King Institute of Preventive Medicine Micro-Biological Section reports 1912-19
Year: 1912
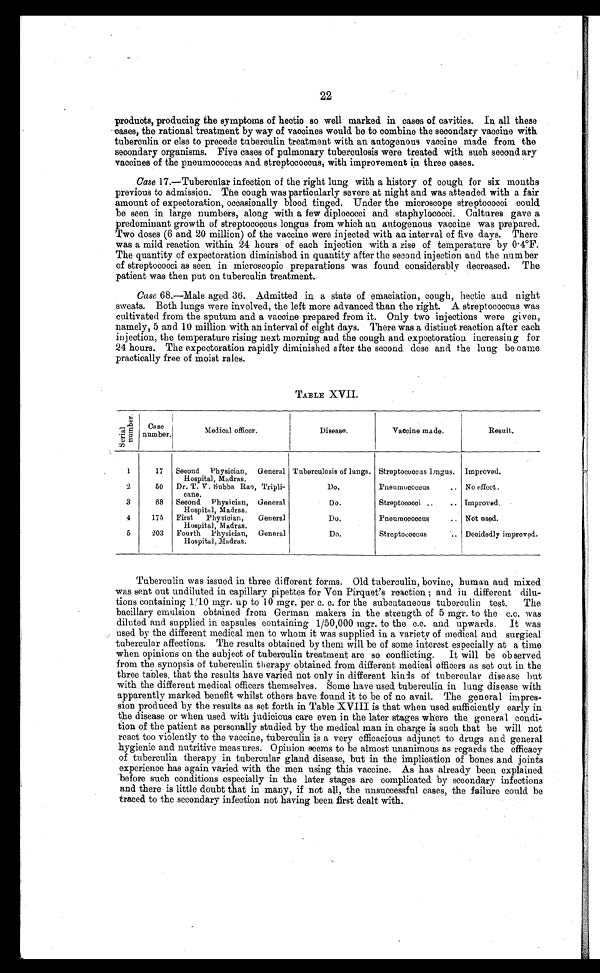
22
products, producing the symptoms of hectic so well marked in cases of cavities. In all these
cases, the rational treatment by way of vaccines would be to combine the secondary vaccine with
tuberculin or else to precede tuberculin treatment with an autogenous vaccine made from the
secondary organisms, Five cases of pulmonary tuberculosis were treated with such secondary
vaccines of the pneumococcus and streptococcus, with improvement in three cases.
Case 17.—Tubercular infection of the right lung with a history of cough for six months
previous to admission. The cough was particularly severe at night and was attended with a fair
amount of expectoration, occasionally blood tinged. Under the microscope streptococci could
be seen in large numbers, along with a few diplococci and staphylococci. Cultures gave a
predominant growth of streptococcus longus from which an autogenous vaccine was prepared.
Two doses (6 and 20 million) of the vaccine were injected with an interval of five days. There
was a mild reaction within 24 hours of each injection with a rise of temperature by 0.4°F.
The quantity of expectoration diminished in quantity after the second injection and the number
of streptococci as seen in microscopic preparations was found considerably decreased. The
patient was then put on tuberculin treatment.
Case 68.—Male aged. 36. Admitted in a state of emaciation, cough, hectic and night
sweats. Both lungs were involved, the left more advanced than the right. A streptococcus was
cultivated from the sputum and a vaccine prepared from it. Only two injections were given,
namely, 5 and 10 million with an interval of eight days. There was a distinct reaction after each
injection, the temperature rising next morning and the cough and expectoration increasing for
24 hours. The expectoration rapidly diminished after the second dose and the lung became
practically free of moist rales.
TABLE XVII.
S e r i a l
n u m b e r .
Case
number.
Medical officer.
Disease.
Vaccine made.
Result.
1
17
Second
Physician,
General
Hospital, Madras.
Tuberculosis of lungs.
Streptococcus longus.
Improved.
2
50
Dr. T. V. Subba Rao, Tripli-
cane.
Do.
Pneumococcus . . .
No effect.
3
68
Second Physician,
General
Hospital, Madras.
Do.
Streptococci . . .
Improved.
4
175
First Physician, General
Hospital, Madras.
Do.
Pneumococcus . . .
Not used.
5
203
Fourth Physician, General
Hospital, Madras.
Do.
Streptococcus . . .
Decidedly improved.
Tuberculin was issued in three different forms. Old tuberculin, bovine, human and mixed
was sent out undiluted in capillary pipettes for Von Pirquet's reaction; and in different dilu
-
tions containing 1/10 mgr. up to 10 mgr. per c.c. for the subcutaneous tuberculin test. The
bacillary emulsion obtained from German makers in the strength of 5 mgr. to the c.c. was
diluted and supplied in capsules containing 1/50,000 mgr. to the c.c. and upwards. It was
used by the different medical men to whom it was supplied in a variety of medical and surgical
tubercular affections. The results obtained by them will be of some interest especially at a time
when opinions on the subject of tuberculin treatment are so conflicting. It will be observed
from the synopsis of tuberculin therapy obtained from different medical officers as set out in the
three tables, that the results have varied not only in different kinds of tubercular disease but
with the different medical officers themselves. Some have used tuberculin in lung disease with
apparently marked. benefit whilst others have found it to be of no avail. The general impres
-
sion produced by the results as set forth in Table XVIII is that when used sufficiently early in
the disease or when used with judicious care even in the later stages where the general condi
-
tion of the patient as personally studied. by the medical man in charge is such that he will not
react too violently to the vaccine, tuberculin is a very efficacious adjunct to drugs and general
hygienic and nutritive measures. Opinion seems to be almost unanimous as regards the efficacy
of tuberculin therapy in tubercular gland disease, but in the implication of bones and joints
experience has again varied with the men using this vaccine. As has already been explained
before such conditions especially in the later stages are complicated by secondary infections
and there is little doubt that in many, if not all, the unsuccessful cases, the failure could be
traced to the secondary infection not having been first dealt with.